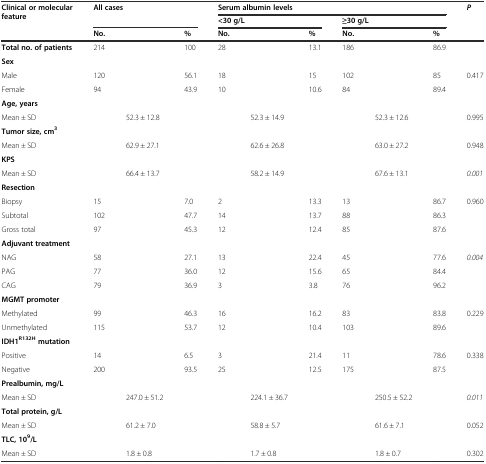
<table><thead><tr><td rowspan="3"><b>Clinical or molecular feature</b></td><td rowspan="2" colspan="3"><b>All cases</b></td><td colspan="6"><b>Serum albumin levels</b></td><td rowspan="3"><b><i>P</i></b></td></tr><tr><td colspan="3"><b>&lt;30 g/L</b></td><td colspan="3"><b>≥30 g/L</b></td></tr><tr><td><b>No.</b></td><td></td><td><b>%</b></td><td><b>No.</b></td><td></td><td><b>%</b></td><td><b>No.</b></td><td></td><td><b>%</b></td></tr></thead><tbody><tr><td><b>Total no. of patients</b></td><td>214</td><td></td><td>100</td><td>28</td><td></td><td>13.1</td><td>186</td><td></td><td>86.9</td><td></td></tr><tr><td><b>Sex</b></td><td></td><td></td><td></td><td></td><td></td><td></td><td></td><td></td><td></td><td></td></tr><tr><td>Male</td><td>120</td><td></td><td>56.1</td><td>18</td><td></td><td>15</td><td>102</td><td></td><td>85</td><td rowspan="2">0.417</td></tr><tr><td>Female</td><td>94</td><td></td><td>43.9</td><td>10</td><td></td><td>10.6</td><td>84</td><td></td><td>89.4</td></tr><tr><td><b>Age, years</b></td><td></td><td></td><td></td><td></td><td></td><td></td><td></td><td></td><td></td><td></td></tr><tr><td>Mean ± SD</td><td></td><td>52.3 ± 12.8</td><td></td><td></td><td>52.3 ± 14.9</td><td></td><td></td><td>52.3 ± 12.6</td><td></td><td>0.995</td></tr><tr><td><b>Tumor size, cm</b><sup><b>3</b></sup></td><td></td><td></td><td></td><td></td><td></td><td></td><td></td><td></td><td></td><td></td></tr><tr><td>Mean ± SD</td><td></td><td>62.9 ± 27.1</td><td></td><td></td><td>62.6 ± 26.8</td><td></td><td></td><td>63.0 ± 27.2</td><td></td><td>0.948</td></tr><tr><td><b>KPS</b></td><td></td><td></td><td></td><td></td><td></td><td></td><td></td><td></td><td></td><td></td></tr><tr><td>Mean ± SD</td><td></td><td>66.4 ± 13.7</td><td></td><td></td><td>58.2 ± 14.9</td><td></td><td></td><td>67.6 ± 13.1</td><td></td><td><i>0.001</i></td></tr><tr><td><b>Resection</b></td><td></td><td></td><td></td><td></td><td></td><td></td><td></td><td></td><td></td><td></td></tr><tr><td>Biopsy</td><td>15</td><td></td><td>7.0</td><td>2</td><td></td><td>13.3</td><td>13</td><td></td><td>86.7</td><td rowspan="3">0.960</td></tr><tr><td>Subtotal</td><td>102</td><td></td><td>47.7</td><td>14</td><td></td><td>13.7</td><td>88</td><td></td><td>86.3</td></tr><tr><td>Gross total</td><td>97</td><td></td><td>45.3</td><td>12</td><td></td><td>12.4</td><td>85</td><td></td><td>87.6</td></tr><tr><td><b>Adjuvant treatment</b></td><td></td><td></td><td></td><td></td><td></td><td></td><td></td><td></td><td></td><td></td></tr><tr><td>NAG</td><td>58</td><td></td><td>27.1</td><td>13</td><td></td><td>22.4</td><td>45</td><td></td><td>77.6</td><td rowspan="3"><i>0.004</i></td></tr><tr><td>PAG</td><td>77</td><td></td><td>36.0</td><td>12</td><td></td><td>15.6</td><td>65</td><td></td><td>84.4</td></tr><tr><td>CAG</td><td>79</td><td></td><td>36.9</td><td>3</td><td></td><td>3.8</td><td>76</td><td></td><td>96.2</td></tr><tr><td><b>MGMT promoter</b></td><td></td><td></td><td></td><td></td><td></td><td></td><td></td><td></td><td></td><td></td></tr><tr><td>Methylated</td><td>99</td><td></td><td>46.3</td><td>16</td><td></td><td>16.2</td><td>83</td><td></td><td>83.8</td><td rowspan="2">0.229</td></tr><tr><td>Unmethylated</td><td>115</td><td></td><td>53.7</td><td>12</td><td></td><td>10.4</td><td>103</td><td></td><td>89.6</td></tr><tr><td><b>IDH1</b><sup><b>R132H</b></sup><b>mutation</b></td><td></td><td></td><td></td><td></td><td></td><td></td><td></td><td></td><td></td><td></td></tr><tr><td>Positive</td><td>14</td><td></td><td>6.5</td><td>3</td><td></td><td>21.4</td><td>11</td><td></td><td>78.6</td><td rowspan="2">0.338</td></tr><tr><td>Negative</td><td>200</td><td></td><td>93.5</td><td>25</td><td></td><td>12.5</td><td>175</td><td></td><td>87.5</td></tr><tr><td><b>Prealbumin, mg/L</b></td><td></td><td></td><td></td><td></td><td></td><td></td><td></td><td></td><td></td><td></td></tr><tr><td>Mean ± SD</td><td></td><td>247.0 ± 51.2</td><td></td><td></td><td>224.1 ± 36.7</td><td></td><td></td><td>250.5 ± 52.2</td><td></td><td><i>0.011</i></td></tr><tr><td><b>Total protein, g/L</b></td><td></td><td></td><td></td><td></td><td></td><td></td><td></td><td></td><td></td><td></td></tr><tr><td>Mean ± SD</td><td></td><td>61.2 ± 7.0</td><td></td><td></td><td>58.8 ± 5.7</td><td></td><td></td><td>61.6 ± 7.1</td><td></td><td>0.052</td></tr><tr><td><b>TLC, 10</b><sup><b>9</b></sup><b>/L</b></td><td></td><td></td><td></td><td></td><td></td><td></td><td></td><td></td><td></td><td></td></tr><tr><td>Mean ± SD</td><td></td><td>1.8 ± 0.8</td><td></td><td></td><td>1.7 ± 0.8</td><td></td><td></td><td>1.8 ± 0.7</td><td></td><td>0.302</td></tr></tbody></table>